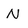
Character: N